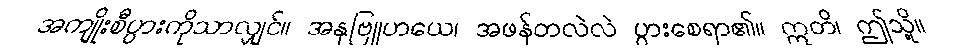
အကျိုးစီပွားကိုသာလျှင်။ အနုဗြူဟယေ၊ အဖန်တလဲလဲ ပွားစေရာ၏။ ဣတိ၊ ဤသို့။